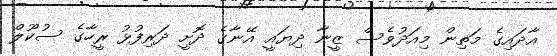
އާދައިގެ މަތިން މިއަދުވެސް ޒީނާ ދިޔައީ އޭނާގެ ދޮށީ ދަރިފުޅު ރީހާގެ ސުކޫލް